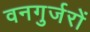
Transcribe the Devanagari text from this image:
वनगुर्जरों